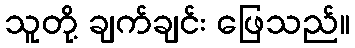
သူတို့ ချက်ချင်း ဖြေသည်။